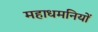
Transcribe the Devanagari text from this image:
महाधमनियों